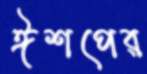
ঈশপের